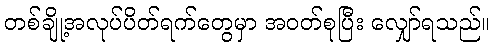
တစ်ချို့အလုပ်ပိတ်ရက်တွေမှာ အဝတ်စုပြီး လျှော်ရသည်။